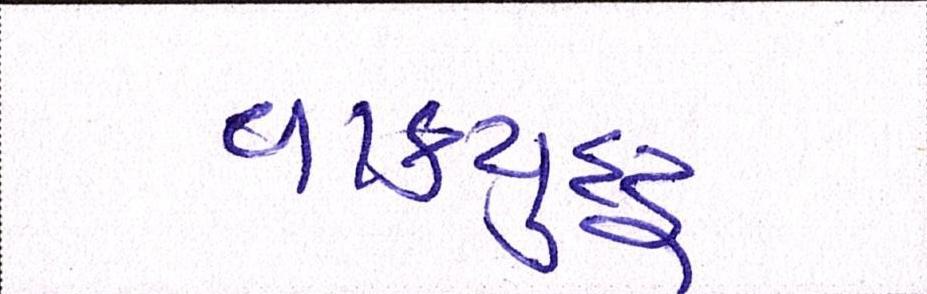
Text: વાકયુદ્ધ